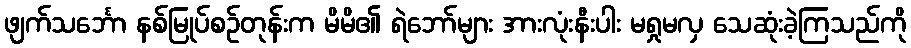
ဖျက်သင်္ဘော နစ်မြုပ်စဉ်တုန်းက မိမိ၏ ရဲဘော်များ အားလုံးနီးပါး မရှုမလှ သေဆုံးခဲ့ကြသည်ကို